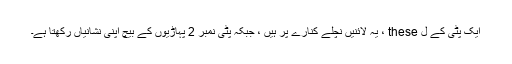
ایک پٹی کے ل these ، یہ لائنیں نچلے کنارے پر ہیں ، جبکہ پٹی نمبر 2 پہاڑیوں کے بیچ اپنی نشانیاں رکھتا ہے۔